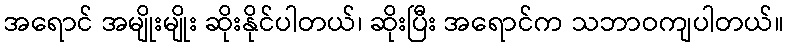
အရောင် အမျိုးမျိုး ဆိုးနိုင်ပါတယ်၊ ဆိုးပြီး အရောင်က သဘာဝကျပါတယ်။